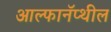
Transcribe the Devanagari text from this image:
आल्फानॅप्थील